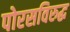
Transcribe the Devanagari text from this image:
पोरसविरुद्ध